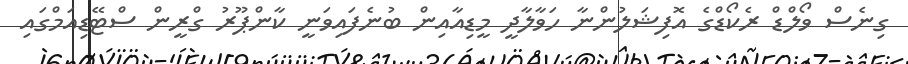
ގިނެސް ވޯލްޑް ރެކޯޑްގެ އޮފިޝަލުންނާ ހަވާލާދީ މީޑިއާއިން ބުނެފައިވަނީ ކާންޕޫރު ގްރީން ސްޓޭޑިއަމްގައި